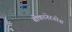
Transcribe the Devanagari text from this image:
बीकानेरनरेश